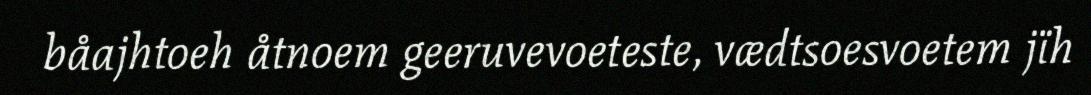
båajhtoeh åtnoem geeruvevoeteste, vædtsoesvoetem jïh